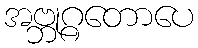
အဗ္ဘုဂ္ဂတောပေ